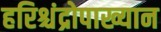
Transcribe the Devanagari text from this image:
हरिश्चंद्रोपाख्यान